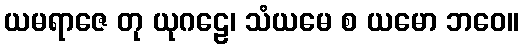
ယမရာဇေ တု ယုဂဠေ၊ သံယမေ စ ယမော ဘဝေ။